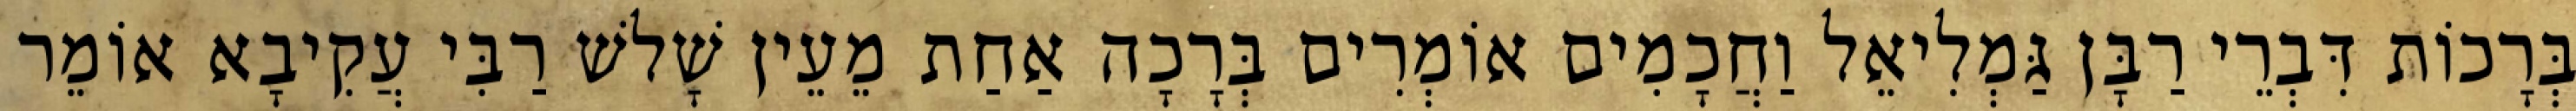
בְּרָכוֹת דִּבְרֵי רַבָּן גַּמְלִיאֵל וַחֲכָמִים אוֹמְרִים בְּרָכָה אַחַת מֵעֵין שָׁלשׁ רַבִּי עֲקִיבָא אוֹמֵר